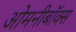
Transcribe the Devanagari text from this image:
ओमनीबॉक्स